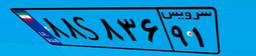
۸۸S۸۳۶۹۱